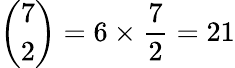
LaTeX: {\binom{7}{2}}=6\times{\frac{7}{2}}=21